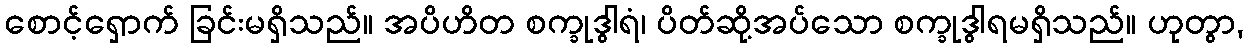
စောင့်ရှောက် ခြင်းမရှိသည်။ အပိဟိတ စက္ခုဒွါရံ၊ ပိတ်ဆို့အပ်သော စက္ခုဒွါရမရှိသည်။ ဟုတွာ,